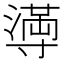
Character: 𫴴